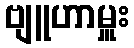
ဗျူဟာမှူး